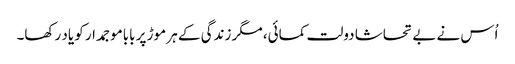
اُس نے بے تحاشا دولت کمائی، مگر زندگی کے ہر موڑ پر باباموجمدار کو یاد رکھا۔